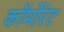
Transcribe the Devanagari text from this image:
कॉर्मोरंट